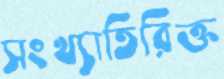
সংখ্যাতিরিক্ত